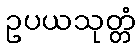
ဥပယသုတ္တံ